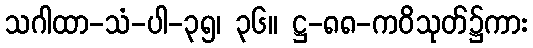
သဂါထာ-သံ-ပါ-၃၅၊ ၃၆။ ဋ္ဌ-၈၈-ကဝိသုတ်၌ကား